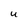
Character: U